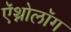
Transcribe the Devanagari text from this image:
ऍथ्नोलॉग